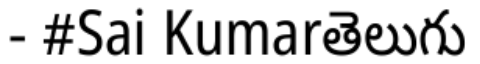
- #Sai Kumarతెలుగు